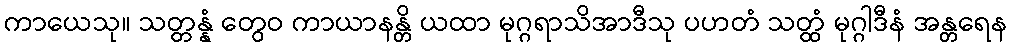
ကာယေသု။ သတ္တန္နံ တွေဝ ကာယာနန္တိ ယထာ မုဂ္ဂရာသိအာဒီသု ပဟတံ သတ္ထံ မုဂ္ဂါဒီနံ အန္တရေန